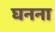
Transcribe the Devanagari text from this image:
घनना